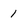
Character: 1